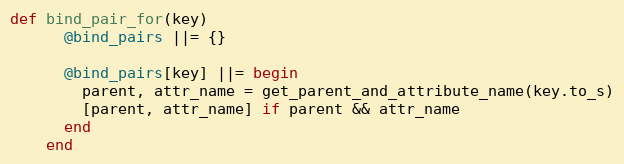
Language: Ruby
def bind_pair_for(key)
      @bind_pairs ||= {}

      @bind_pairs[key] ||= begin
        parent, attr_name = get_parent_and_attribute_name(key.to_s)
        [parent, attr_name] if parent && attr_name
      end
    end